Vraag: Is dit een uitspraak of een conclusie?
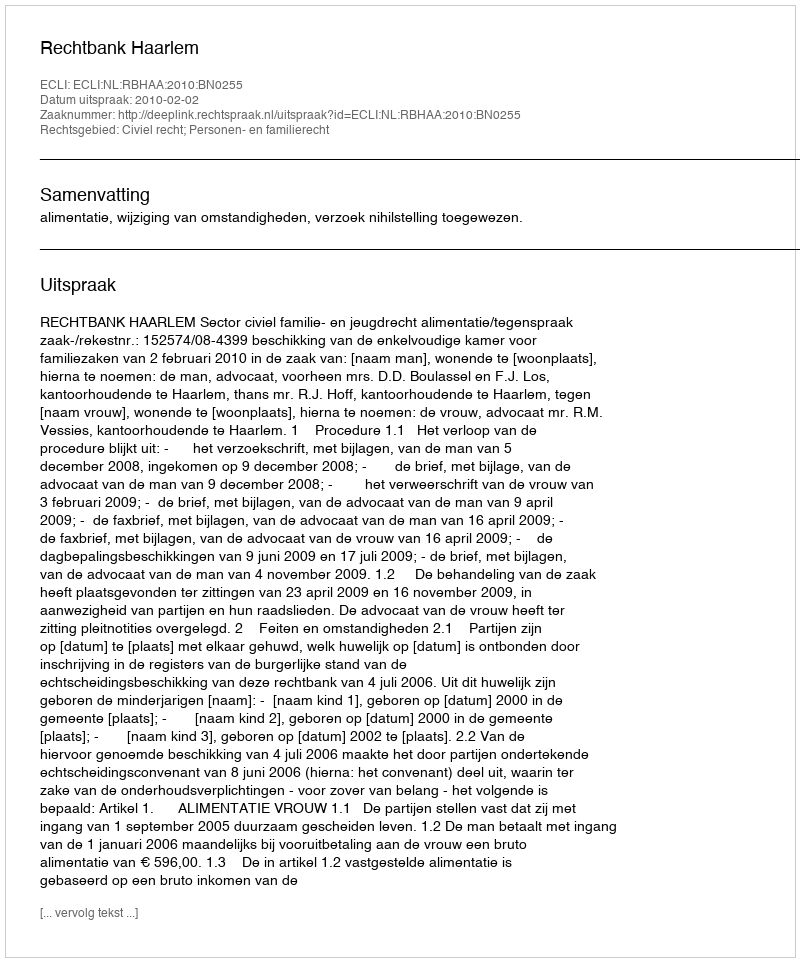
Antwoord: Uitspraak